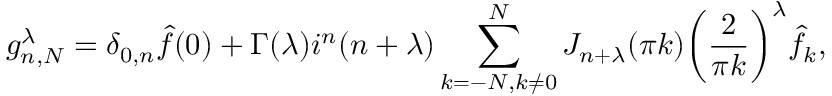
g _ { n , N } ^ { \lambda } = \delta _ { 0 , n } \hat { f } ( 0 ) + \Gamma ( \lambda ) i ^ { n } ( n + \lambda ) \sum _ { k = - N , k \neq 0 } ^ { N } J _ { n + \lambda } ( \pi k ) \bigg ( \frac { 2 } { \pi k } \bigg ) ^ { \lambda } \hat { f } _ { k } ,